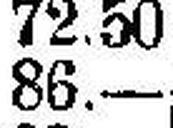
86.—